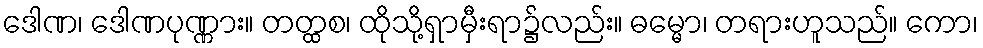
ဒေါဏ၊ ဒေါဏပုဏ္ဏား။ တတ္ထစ၊ ထိုသို့ရှာမှီးရာ၌လည်း။ ဓမ္မော၊ တရားဟူသည်။ ကော၊